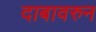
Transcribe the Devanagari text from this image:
दाबावरुन